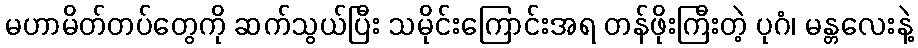
မဟာမိတ်တပ်တွေကို ဆက်သွယ်ပြီး သမိုင်းကြောင်းအရ တန်ဖိုးကြီးတဲ့ ပုဂံ၊ မန္တလေးနဲ့